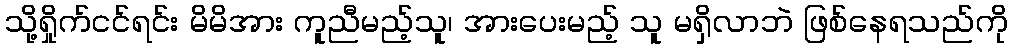
သို့ရှိုက်ငင်ရင်း မိမိအား ကူညီမည့်သူ၊ အားပေးမည့် သူ မရှိလာဘဲ ဖြစ်နေရသည်ကို